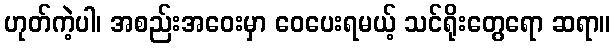
ဟုတ်ကဲ့ပါ၊ အစည်းအဝေးမှာ ဝေပေးရမယ့် သင်ရိုးတွေရော ဆရာ။